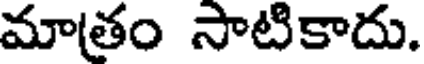
మాతం సాటికాదు.